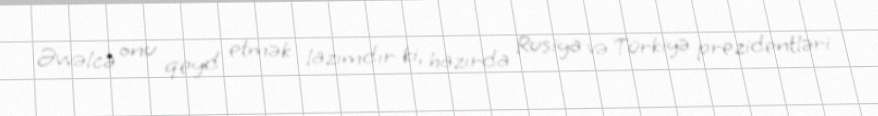
Əvvəlcə onu qeyd etmək lazımdır ki, hazırda Rusiya və Türkiyə prezidentləri